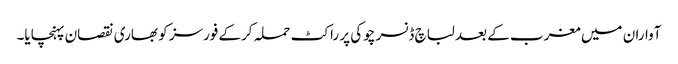
آواران میں مغرب کے بعد لباچ ڈنسر چوکی پر راکٹ حملہ کرکے فورسز کو بھاری نقصان پہنچایا۔